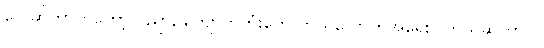
ငွေ ဆိုတာကတော့ ဝိညာဥ်ကျောက်တုံးတွေ ဘယ်လောက်အရေးပါတယ်ဆိုတာပဲ။